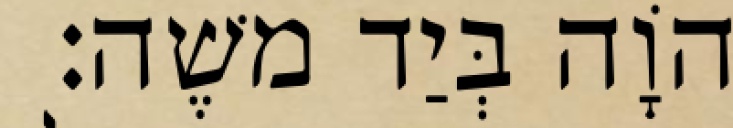
יְהוָֹה בְּיַד משֶׁה׃